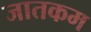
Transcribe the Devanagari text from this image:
जातकम